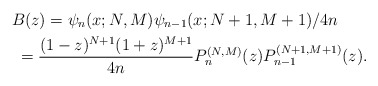
\begin{gather*} B(z) = \psi _{n}(x;N,M) \psi _{n-1}(x;N+1,M+1) /4n \\\hphantom{B(z)}{} =\frac{(1-z) ^{N+1}(1+z) ^{M+1}}{4n}P_{n}^{( N,M) }(z) P_{n-1}^{(N+1,M+1) }(z) .\end{gather*}